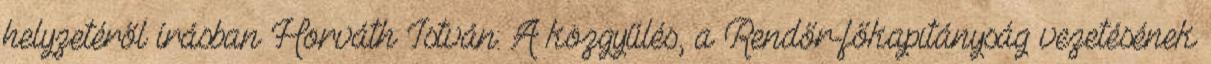
helyzetéről írásban Horváth István: A közgyűlés, a Rendőr-főkapitányság vezetésének